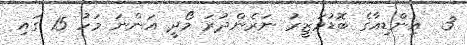
3  އިންޑިއާގެ ބޮޑުވަޒީރު ނަރެންދުރަ މޯދީ އަންނަ މަހު 15 ގައި